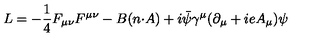
L = - \frac { 1 } { 4 } F _ { { \mu } { \nu } } F ^ { { \mu } { \nu } } - B ( n { \cdot } A ) + i \bar { \psi } { \gamma } ^ { \mu } ( { \partial } _ { \mu } + i e A _ { \mu } ) { \psi }